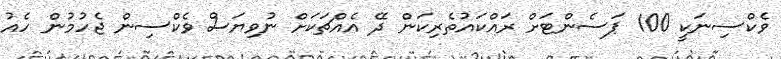
ވެކްސިނަކީ 100 ޕަސެންޓަށް ރައްކައުތެރިކަން ދޭ އެއްޗަކަށް ނުވިޔަސް ވެކްސިން ޖެހުމުން ހެއު